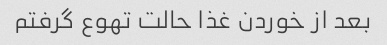
بعد از خوردن غذا حالت تهوع گرفتم